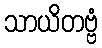
သာယိတဗ္ဗံ